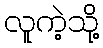
လူကဲ့သို့